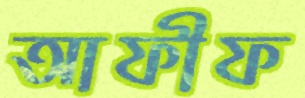
আফীফ